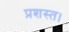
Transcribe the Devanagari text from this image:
प्रशस्त।